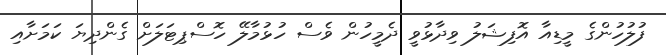
ފުލުހުންގެ މީޑިއާ އޮފިޝަލު ވިދާޅުވީ ދެމީހުން ވެސް ހުޅުމާލޭ ހޮސްޕިޓަލަށް ގެންދިޔަ ކަމަށާއި